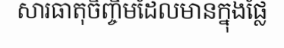
សារធាតុចិញ្ចឹមដែលមានក្នុងផ្លែ